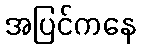
အပြင်ကနေ